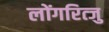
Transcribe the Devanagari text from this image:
लोंगरित्जु